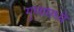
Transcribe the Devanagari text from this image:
गुणामध्ये